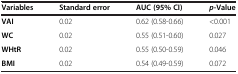
| Variables | Standard error | AUC (95% CI) | p-Value |
 | --- | --- | --- | --- |
 | VAI | 0.02 | 0.62 (0.58-0.66) | <0.001 |
 | WC | 0.02 | 0.55 (0.51-0.60) | 0.027 |
 | WHtR | 0.02 | 0.55 (0.50-0.59) | 0.046 |
 | BMI | 0.02 | 0.54 (0.49-0.59) | 0.072 |